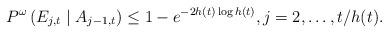
LaTeX: \begin{align*} P^\omega\left(E_{j,t}\mid A_{j-1,t}\right)\leq 1-e^{-2h(t)\log h(t)} ,j=2,\ldots,t/h(t) .\end{align*}